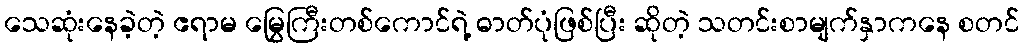
သေဆုံးနေခဲ့တဲ့ ဧရာမ မြွေကြီးတစ်ကောင်ရဲ့ ဓာတ်ပုံဖြစ်ပြီး ဆိုတဲ့ သတင်းစာမျက်နှာကနေ စတင်